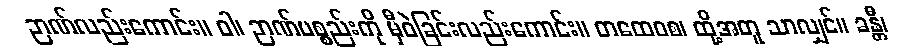
ဉာဏ်လည်းကောင်း။ ဝါ၊ ဉာဏ်ပစ္စည်းကို မှီဝဲခြင်းလည်းကောင်း။ တထေဝစ၊ ထို့အတူ သာလျှင်။ ခန္တီ၊